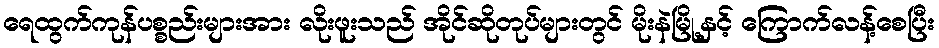
ရေထွက်ကုန်ပစ္စည်းများအား လိုးဖူးသည် အိုင်ဆိုတုပ်များတွင် မိုးနဲမြို့နှင့် ကြောက်လန့်စေပြီး